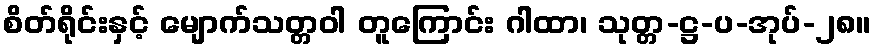
စိတ်ရိုင်းနှင့် မျောက်သတ္တဝါ တူကြောင်း ဂါထာ၊ သုတ္တ-ဋ္ဌ-ပ-အုပ်-၂၈။